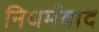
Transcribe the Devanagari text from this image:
निधर्मवाद